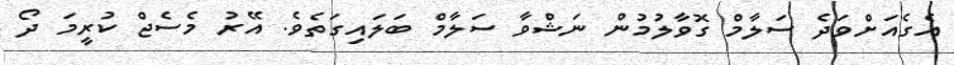
އެގެއަށްވަދެ ސަލާމް ގޮވާލުމުން ނަޝްވާ ސަލާމް ބަލައިގަތެވެ. އޭރު މެސެޖް ކުރީމަ ދޯ